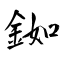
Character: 銣